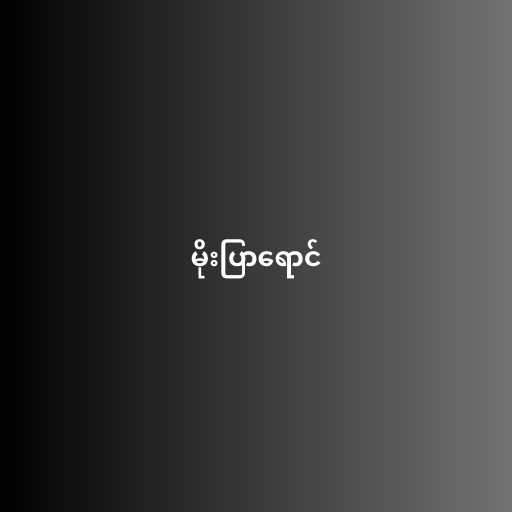
မိုးပြာရောင်